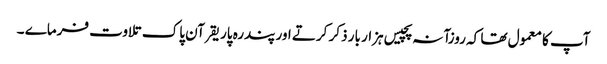
آپ کا معمول تھا کہ روزآنہ پچیس ہزار بار ذکر کرتے اور پندرہ پاریقرآن پاک تلاوت فرماے ۔